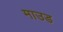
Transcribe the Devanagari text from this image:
माउड